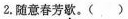
2.随意春芳\underset{·}{歇}。( )